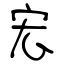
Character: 宏